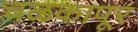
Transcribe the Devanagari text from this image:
चळकापूर